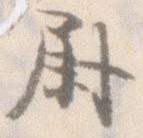
尉